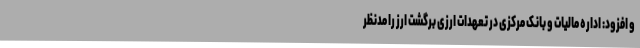
و افزود: اداره مالیات و بانک مرکزی در تعهدات ارزی برگشت ارز را مدنظر